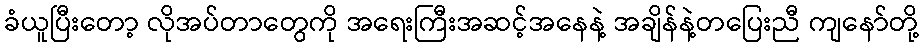
ခံယူပြီးတော့ လိုအပ်တာတွေကို အရေးကြီးအဆင့်အနေနဲ့ အချိန်နဲ့တပြေးညီ ကျနော်တို့